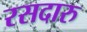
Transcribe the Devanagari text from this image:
रसदारु